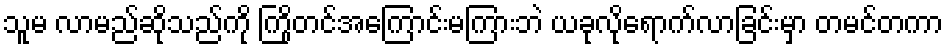
သူမ လာမည်ဆိုသည်ကို ကြိုတင်အကြောင်းမကြားဘဲ ယခုလိုရောက်လာခြင်းမှာ တမင်တကာ